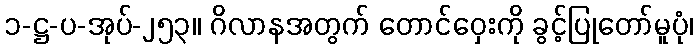
၁-ဋ္ဌ-ပ-အုပ်-၂၅၃။ ဂိလာနအတွက် တောင်ဝှေးကို ခွင့်ပြုတော်မူပုံ၊